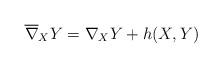
LaTeX: \begin{align*}\overline{\nabla}_X Y = \nabla_X Y + h(X,Y)\end{align*}